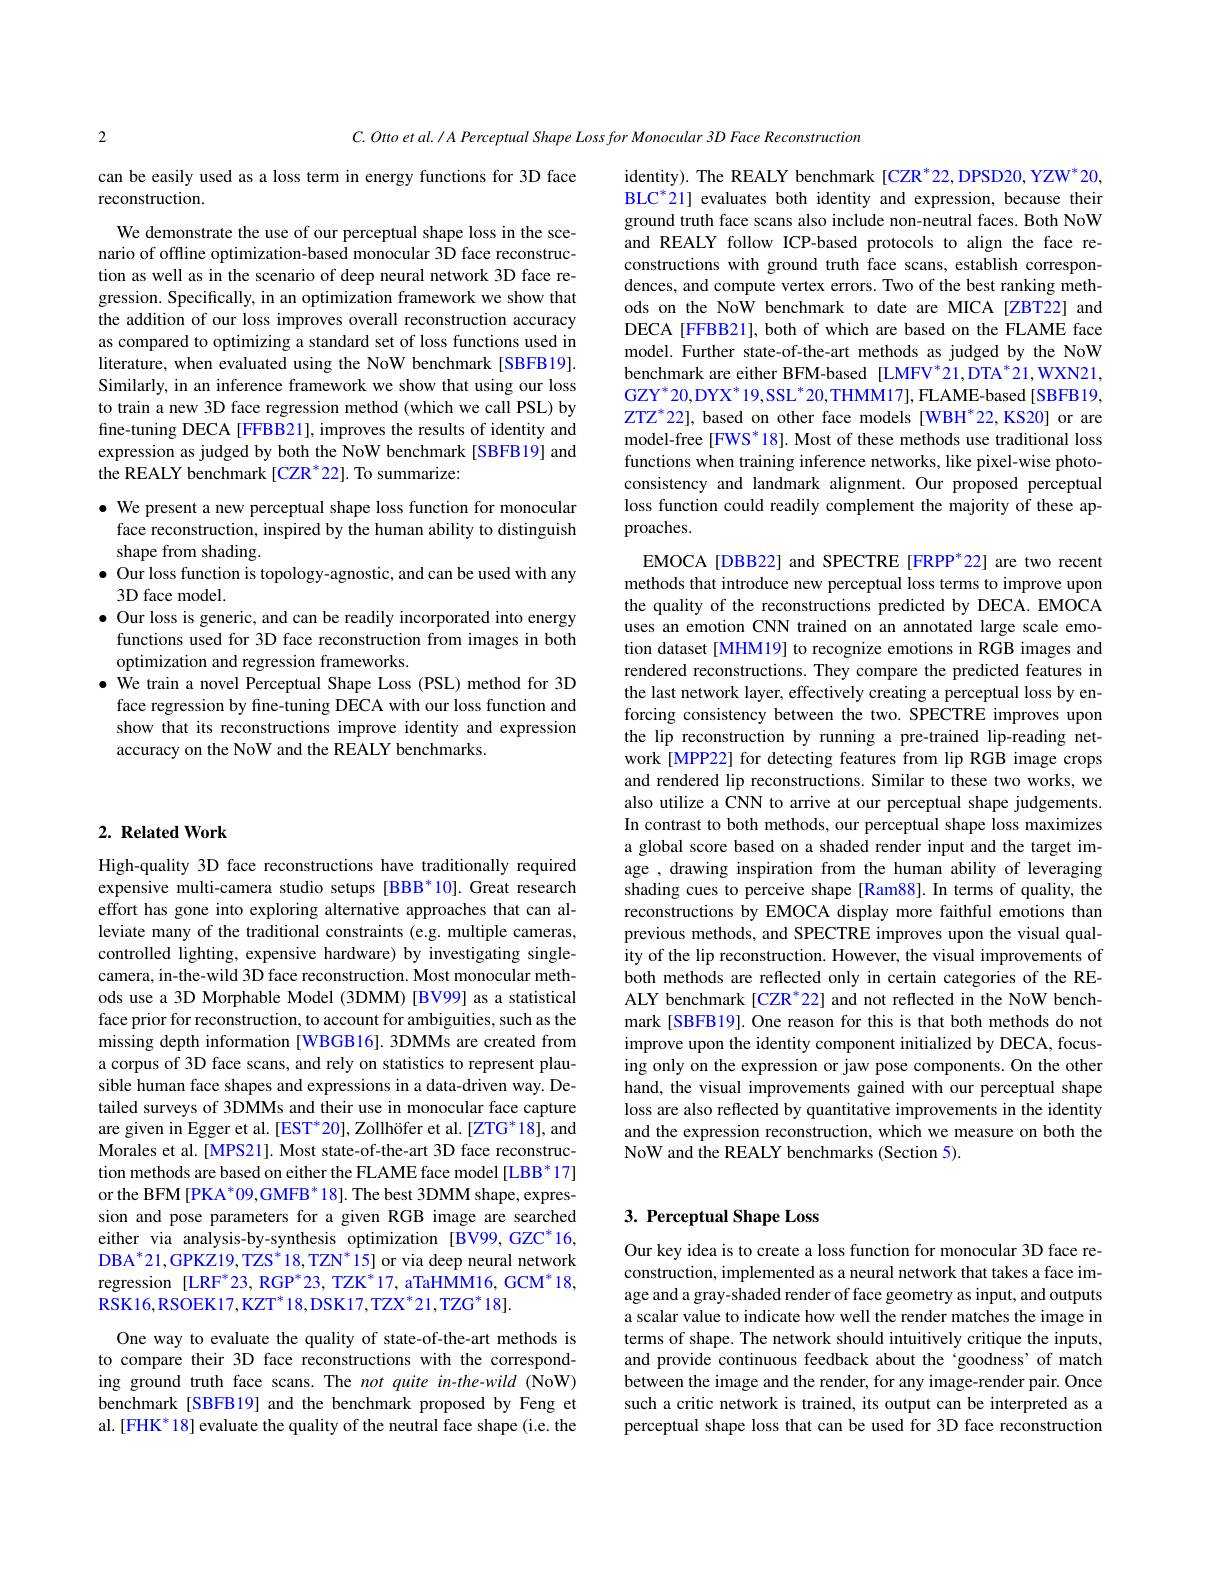
2

can be easily used as a loss term in energy functions for 3D face
reconstruction.

We demonstrate the use of our perceptual shape loss in the scenario of offline optimization-based monocular 3D face reconstruction as well as in the scenario of deep neural network 3D face regression. Specifically, in an optimization framework we show that the addition of our loss improves overall reconstruction accuracy as compared to optimizing a standard set of loss functions used in literature, when evaluated using the NoW benchmark [SBFB19]. Similarly, in an inference framework we show that using our loss to train a new 3D face regression method (which we call PSL) by fine-tuning DECA [FFBB21], improves the results of identity and expression as judged by both the NoW benchmark [SBFB19] and the REALY benchmark [CZR*22]. To summarize:

$\bullet$ We present a new perceptual shape loss function for monocular
face reconstruction, inspired by the human ability to distinguish
shape from shading.
$\bullet$ Our loss function is topology-agnostic, and can be used with any
3D face model.
$\bullet$ Our loss is generic, and can be readily incorporated into energy
functions used for 3D face reconstruction from images in both
optimization and regression frameworks.
$\bullet$ We train a novel Perceptual Shape Loss (PSL) method for 3D
face regression by fine-tuning DECA with our loss function and show that its reconstructions improve identity and expression accuracy on the NoW and the REALY benchmarks.

## $2. \textbf{Related Work}$

High-quality 3D face reconstructions have traditionally required expensive multi-camera studio setups [BBB*10].Great research effort has gone into exploring alternative approaches that can alleviate many of the traditional constraints (e.g. multiple cameras, controlled lighting, expensive hardware) by investigating singlecamera, in-the-wild 3D face reconstruction. Most monocular methods use a 3D Morphable Model (3DMM) [BV99] as a statistical face prior for reconstruction, to account for ambiguities, such as the missing depth information [WBGB16].3DMMs are created from a corpus of 3D face scans, and rely on statistics to represent plausible human face shapes and expressions in a data-driven way. Detailed surveys of 3DMMs and their use in monocular face capture are given in Egger et al. [EST*20], Zollhöfer et al. [ZTG*18], and Morales et al.[MPS21]. Most state-of-the-art 3D face reconstruction methods are based on either the FLAME face model [LBB* 17] or the BFM [PKA *09,GMFB *18]. The best 3DMM shape, expression and pose parameters for a given RGB image are searched either via analysis-by-synthesis optimization [BV99,GZC*16, $DBA*21,GPKZ19,TZS^*18,TZN^*15] or via deep neural network$ regression [LRF*23,RGP*23,TZK*17,aTaHMM16,GCM*18, $RSK16,RSOEK17,KZT^*18,DSK17,TZX^*21,TZG^*18].$

One way to evaluate the quality of state-of-the-art methods is to compare their 3D face reconstructions with the corresponding ground truth face scans. The not quite in-the-wild (NoW) benchmark [SBFB19] and the benchmark proposed by Feng et al. [FHK* 18] evaluate the quality of the neutral face shape (i.e. the

identity). The REALY benchmark [CZR*22,DPSD20,YZW*20, $BLC^*21] evaluates both identity and expression, because their$ ground truth face scans also include non-neutral faces. Both NoW and REALY follow ICP-based protocols to align the face reconstructions with ground truth face scans, establish correspondences, and compute vertex errors. Two of the best ranking methods on the NoW benchmark to date are MICA [ZBT22] and DECA [FFBB21], both of which are based on the FLAME face model. Further state-of-the-art methods as judged by the NoW benchmark are either BFM-based [LMFV*21,DTA*21,WXN21, GZY$^*20,\mathrm{DYX}^*$19,SSL$^* 20$,THMM17],FLAME- based [ SBFB19, $ZTZ^*22], based on other face models [WBH^*22,KS20] or are$ model-free [FWS*18]. Most of these methods use traditional loss functions when training inference networks, like pixel-wise photoconsistency and landmark alignment. Our proposed perceptual loss function could readily complement the majority of these approaches.
EMOCA [DBB22] and SPECTRE [FRPP*22] are two recent

$C. Ottoetal. / APerceptualShape\textit{Lossfor Monocular 3D Face Reconstruction}$
methods that introduce new perceptual loss terms to improve upon the quality of the reconstructions predicted by DECA. EMOCA uses an emotion CNN trained on an annotated large scale emotion dataset[MHM19] to recognize emotions in RGB images and rendered reconstructions. They compare the predicted features in the last network layer, effectively creating a perceptual loss by enforcing consistency between the two. SPECTRE improves upon the lip reconstruction by running a pre-trained lip-reading network[MPP22] for detecting features from lip RGB image crops and rendered lip reconstructions. Similar to these two works, we also utilize a CNN to arrive at our perceptual shape judgements. In contrast to both methods, our perceptual shape loss maximizes a global score based on a shaded render input and the target image , drawing inspiration from the human ability of leveraging shading cues to perceive shape [Ram88]. In terms of quality, the reconstructions by EMOCA display more faithful emotions than previous methods, and SPECTRE improves upon the visual quality of the lip reconstruction. However, the visual improvements of both methods are reflected only in certain categories of the REALY benchmark [CZR*22] and not reflected in the NoW benchmark [SBFB19]. One reason for this is that both methods do not improve upon the identity component initialized by DECA, focusing only on the expression or jaw pose components. On the other hand, the visual improvements gained with our perceptual shape loss are also reflected by quantitative improvements in the identity and the expression reconstruction, which we measure on both the NoW and the REALY benchmarks (Section 5).

# 3. Perceptual Shape Loss

Our key idea is to create a loss function for monocular 3D face reconstruction, implemented as a neural network that takes a face image and a gray-shaded render of face geometry as input, and outputs a scalar value to indicate how well the render matches the image in terms of shape. The network should intuitively critique the inputs, and provide continuous feedback about the‘goodness’of match between the image and the render, for any image-render pair. Once such a critic network is trained, its output can be interpreted as a perceptual shape loss that can be used for 3D face reconstruction